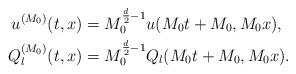
LaTeX: \begin{align*}u^{(M_0)}(t,x) &= M_0^{\frac{d}{2}-1} u(M_0t+M_0, M_0 x), \\Q_l^{(M_0)}(t,x) &= M_0^{\frac{d}{2}-1} Q_l(M_0t+M_0, M_0 x).\end{align*}